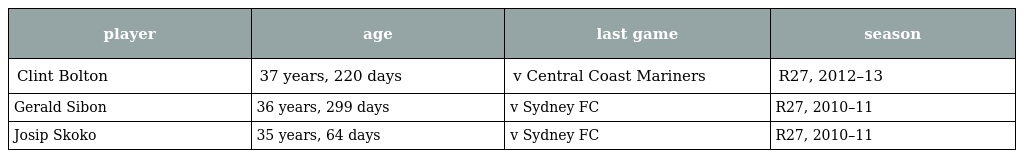
| player | age | last game | season |
 | --- | --- | --- | --- |
 | Clint Bolton | 37 years, 220 days | v Central Coast Mariners | R27, 2012–13 |
 | Gerald Sibon | 36 years, 299 days | v Sydney FC | R27, 2010–11 |
 | Josip Skoko | 35 years, 64 days | v Sydney FC | R27, 2010–11 |